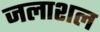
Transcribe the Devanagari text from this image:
जलाशल